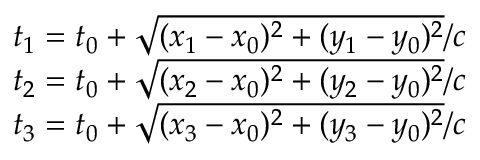
\begin{array} { l } { t _ { 1 } = t _ { 0 } + \sqrt { ( x _ { 1 } - x _ { 0 } ) ^ { 2 } + ( y _ { 1 } - y _ { 0 } ) ^ { 2 } } / c } \\ { t _ { 2 } = t _ { 0 } + \sqrt { ( x _ { 2 } - x _ { 0 } ) ^ { 2 } + ( y _ { 2 } - y _ { 0 } ) ^ { 2 } } / c } \\ { t _ { 3 } = t _ { 0 } + \sqrt { ( x _ { 3 } - x _ { 0 } ) ^ { 2 } + ( y _ { 3 } - y _ { 0 } ) ^ { 2 } } / c } \end{array}